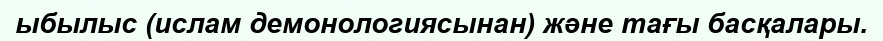
ыбылыс (ислам демонологиясынан) және тағы басқалары.